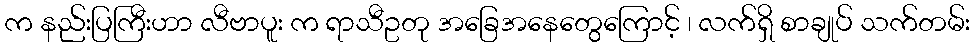
က နည်းပြကြီးဟာ လီဗာပူး က ရာသီဥတု အခြေအနေတွေကြောင့် ၊ လက်ရှိ စာချုပ် သက်တမ်း